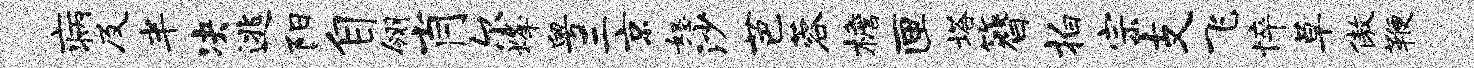
病及半决逃阳自翎肖尔烽粤三京怒沙芭蓉檐匣塔簪拍宗支飞悴草傲鞭